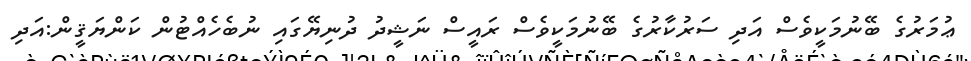
ޢުމަރުގެ ބޭނުމަކީވެސް އަދި ސަރުކާރުގެ ބޭނުމަކީވެސް ރައީސް ނަޝީދު ދުނިޔޭގައި ނުބެހެއްޓުން ކަންޔަޤީން:އަދި